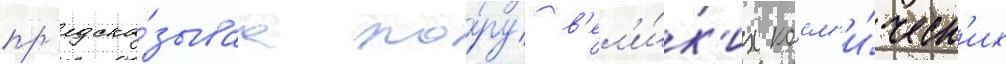
пр'едска́зываа по́ру в'ел'и́к'их косм'и́ческ'их